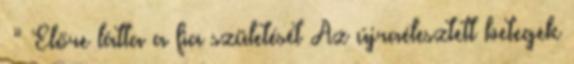
«” Előre látta a fia születését Az újraélesztett betegek